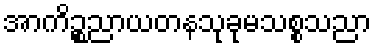
အာကိဉ္စညာယတနသုခုမသစ္စသညာ